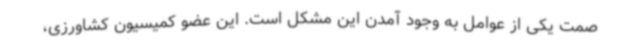
صمت یکی از عوامل به وجود آمدن این مشکل است. این عضو کمیسیون کشاورزی،